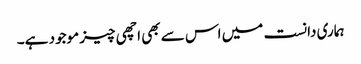
ہماری دانست میں اس سے بھی اچھی چیز موجود ہے۔